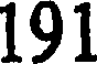
191